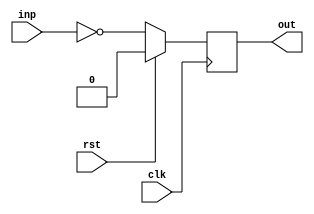
module attrib08_bar(clk, rst, inp, out);
  input  wire clk;
  input  wire rst;
  input  wire inp;
  output reg  out;

  always @(posedge clk)
    if (rst) out <= 1'd0;
    else     out <= ~inp;

endmodule

module attrib08_foo(clk, rst, inp, out);
  input  wire clk;
  input  wire rst;
  input  wire inp;
  output wire out;

  (* my_module_instance = 99 *)
  attrib08_bar bar_instance (clk, rst, inp, out);
endmodule